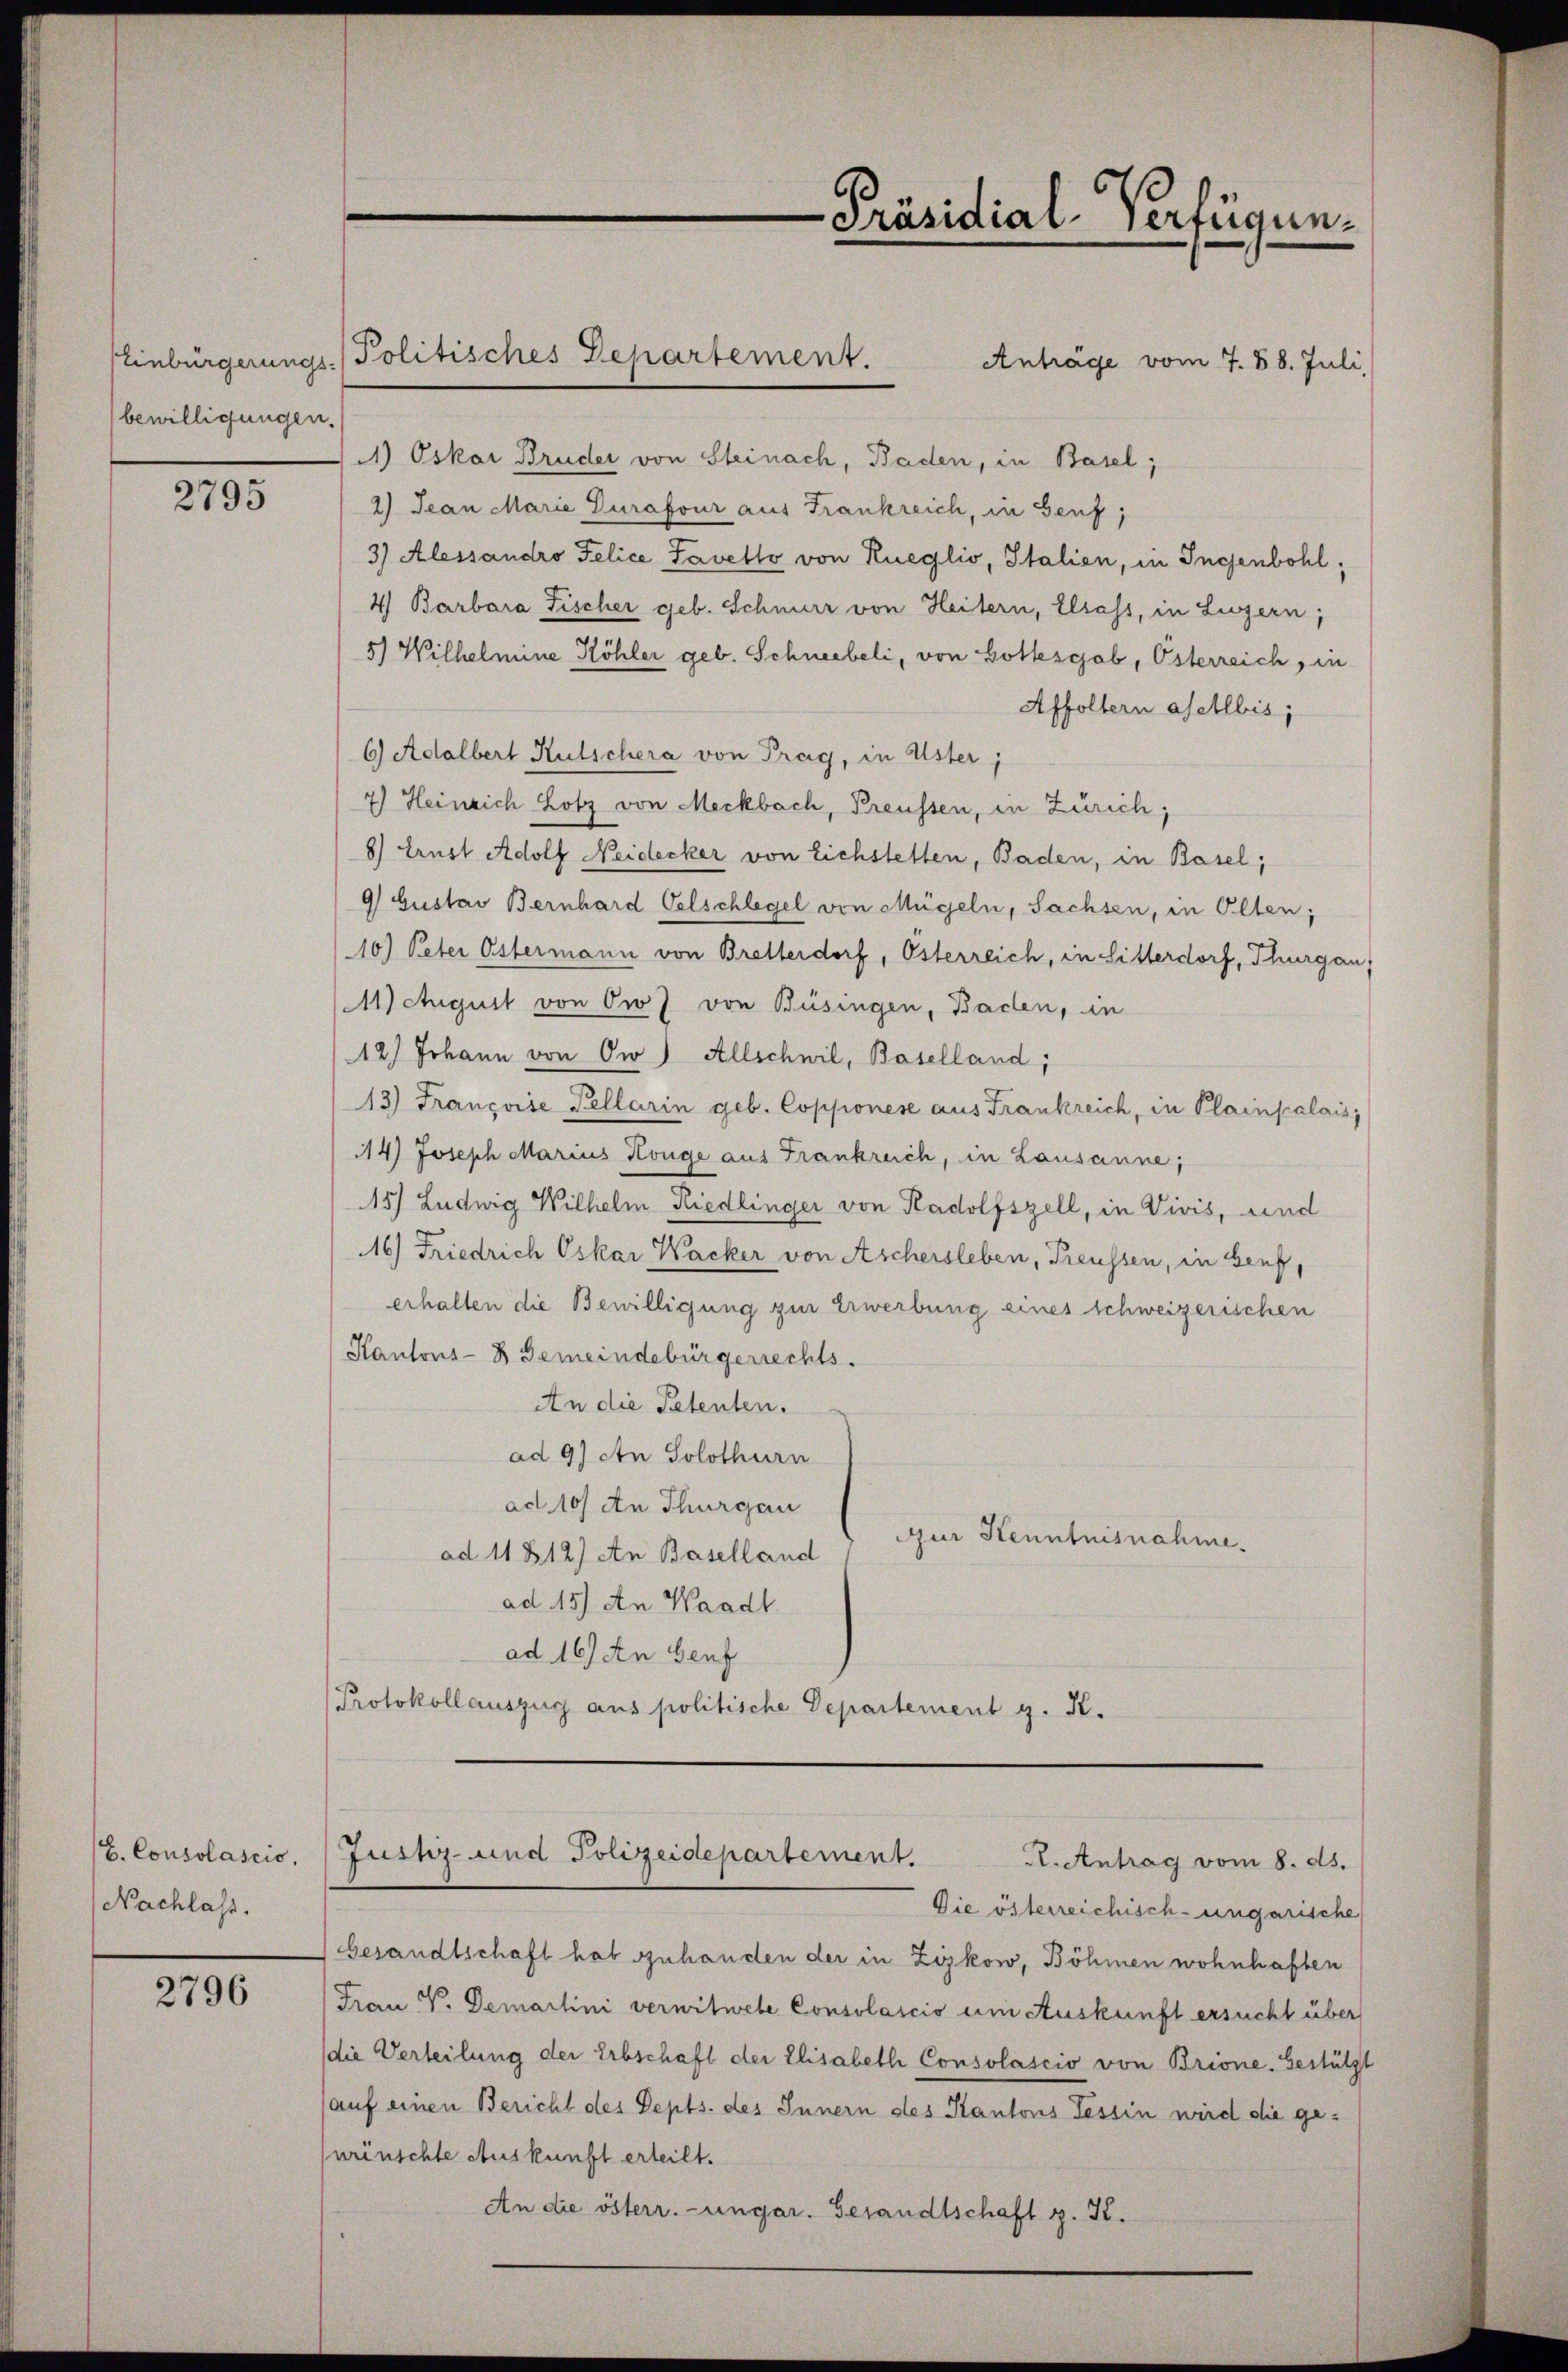
bewilligungen.

2795

l. Consolascio.
Nachlass.

2796

Anträge vom 7. 88. Juli,
1) Oskar Bruder von Steinach, Baden, in Basel,
2) Jean Marie Durafour aus Frankreich, in Genf,
3) Alessandro Felice Pavetto von Kueglio, Italien, in Ingenbohl,
4 Barbara Fischer geb. Schnurr von Heitern, Elsass, in Luzern,
5) Wilhelmine Köhler geb. Schneebeli, von Gotteschob, Österreich, in
Affoltern asellbis,
6) Adalbert Rutschera von Prag, in Uster,
7) Heinrich Lotz von Meckbach, Preussen, in Zürich;
8) Ernst Adolf Neidecker von Eichstetten, Baden, in Basel,
9 Gustav Bernhard Oelschlegel von Mügeln, Sachsen, in Olten;
10) Peter Ostermann von Bretterdorf, Österreich, in Sitterdorf, Thurgau,
Achigust von Ow) von Büsingen, Baden, in
12.) Johann von Ow) Allschwil, Baselland,
13) Françoise Kellarin geb. Copponese aus Frankreich, in Plainpalais
114) Joseph Marius Könge aus Frankreich, in Lausanne;
15) Ludwig Wilhelm Riedlinger von Radolfszell, in Vivis, und
16) Friedrich Oskar Wacker von Aschersleben, Preussen, in Genf,
erhalten die Bewilligung zur Erwerbung eines schweizerischen
Kantons- & Gemeindebürgerrechts.
An die Petenten.
ad 9) An Solothurn
ad 10) An Thurgau
Jur Kenntnisnahme.
ad 11812) An Baselland
ad. 15) An Waadt
ad 16) An Genf
Protokollauszug aus politische Departement g. K.
Justiz- und Polizeidepartement.
R. Antrag vom 8. ds.
Die österreichisch-ungarische
besandtschaft hab szuhanden der in Zizkow, Böhmen wohnhaften
Frau V. Demartini verwitwete Consolascio um Auskunft ersucht über
die Verteilung der Erbschaft der Elisabeth Consolascio von Brione. Bestützt
(auf einen Bericht des Depts. des Innern des Kantons Tessin wird die gewünschte Auskunft erteilt.
An die österr.-ungar. Gesandtschaft z. K.

EEinbürgerungs- Politisches Departement.

-Präsidial-Verfügun¬